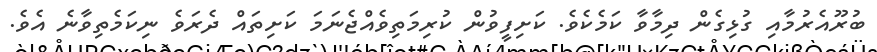
ބުރޫއެރުމާއި ގުޅިގެން ދިމާވާ ކަމެކެވެ. ކަށިފީވުން ކުރިމަތިވެއްޖެނަމަ ކަށިތައް ދެރަވެ ނިކަމެތިވާނެ އެވެ.